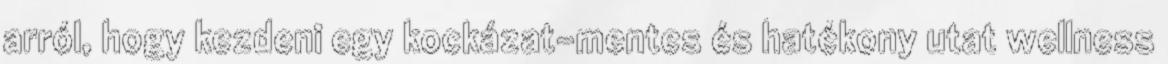
arról, hogy kezdeni egy kockázat-mentes és hatékony utat wellness